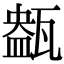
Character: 𤭹